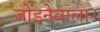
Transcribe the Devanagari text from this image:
जोड़नेवाला।